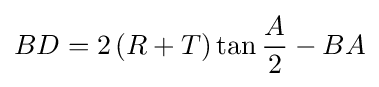
BD=2\left(R+T\right)\tan {\frac {A}{2}}-BA